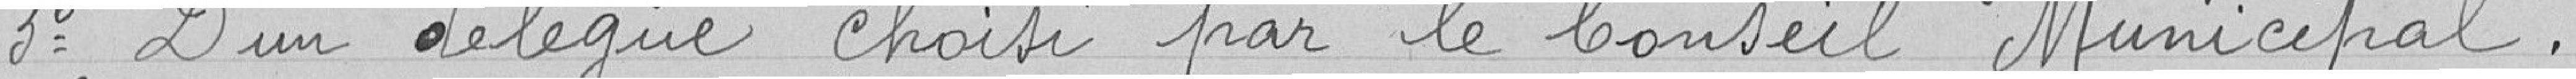
3° D'un délégué choisi par le Conseil Municipal.